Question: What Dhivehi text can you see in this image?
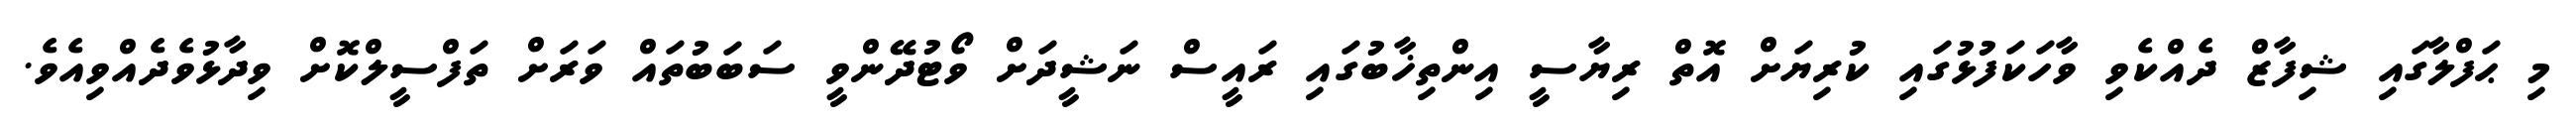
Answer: މި ޙަފްލާގައި ޝިފާޒް ދެއްކެވި ވާހަކަފުޅުގައި ކުރިޔަށް އޮތް ރިޔާސީ އިންތިޚާބުގައި ރައީސް ނަޝީދަށް ވޯޓުދޭންވީ ސަބަބުތައް ވަރަށް ތަފްސީލްކޮށް ވިދާޅުވެދެއްވިއެވެ.